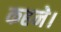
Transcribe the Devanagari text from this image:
कहने।